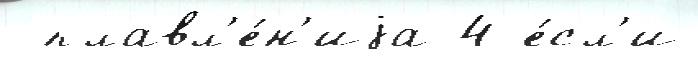
 плавл'е́н'иjа 4 е́сл'и